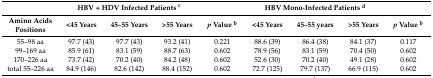
<table><thead><tr><td></td><td colspan="3"><b>HBV + HDV Infected Patients <sup>c</sup></b></td><td></td><td colspan="3"><b>HBV Mono-Infected Patients <sup>d</sup></b></td><td></td></tr><tr><td><b>Amino Acids Positions</b></td><td><b>&lt;45 Years</b></td><td><b>45–55 Years</b></td><td><b>&gt;55 Years</b></td><td><b><i>p</i> Value <sup>b</sup></b></td><td><b>&lt;45 Years</b></td><td><b>45–55 years</b></td><td><b>&gt;55 Years</b></td><td><b><i>p</i> Value <sup>b</sup></b></td></tr></thead><tbody><tr><td>55–98 aa</td><td>97.7 (43)</td><td>97.7 (43)</td><td>93.2 (41)</td><td>0.221</td><td>88.6 (39)</td><td>86.4 (38)</td><td>84.1 (37)</td><td>0.117</td></tr><tr><td>99–169 aa</td><td>85.9 (61)</td><td>83.1 (59)</td><td>88.7 (63)</td><td>0.602</td><td>78.9 (56)</td><td>83.1 (59)</td><td>70.4 (50)</td><td>0.602</td></tr><tr><td>170–226 aa</td><td>73.7 (42)</td><td>70.2 (40)</td><td>84.2 (48)</td><td>0.602</td><td>52.6 (30)</td><td>70.2 (40)</td><td>49.1 (28)</td><td>0.602</td></tr><tr><td>total 55–226 aa</td><td>84.9 (146)</td><td>82.6 (142)</td><td>88.4 (152)</td><td>0.602</td><td>72.7 (125)</td><td>79.7 (137)</td><td>66.9 (115)</td><td>0.602</td></tr></tbody></table>